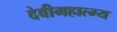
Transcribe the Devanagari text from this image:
देवीमहात्म्य